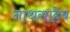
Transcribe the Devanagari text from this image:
नाथसाहेब